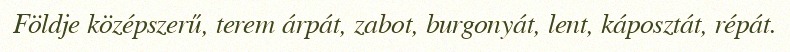
Földje középszerű, terem árpát, zabot, burgonyát, lent, káposztát, répát.